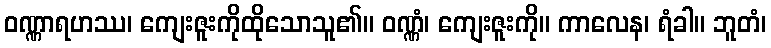
ဝဏ္ဏာရဟဿ၊ ကျေးဇူးကိုထိုသောသူ၏။ ဝဏ္ဏံ၊ ကျေးဇူးကို။ ကာလေန၊ ရံခါ။ ဘူတံ၊